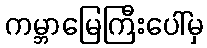
ကမ္ဘာမြေကြီးပေါ်မှ